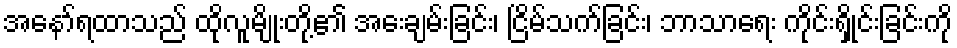
အနော်ရထာသည် ထိုလူမျိုးတို့၏ အေးချမ်းခြင်း၊ ငြိမ်သက်ခြင်း၊ ဘာသာရေး ကိုင်းရှိုင်းခြင်းကို